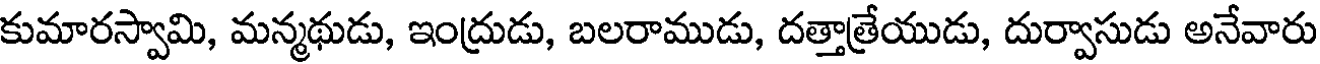
కుమారస్వామి, మన్మథుడు, ఇంద్రుడు, బలరాముడు, దత్తాత్రేయుడు, దుర్వాసుడు అనేవారు